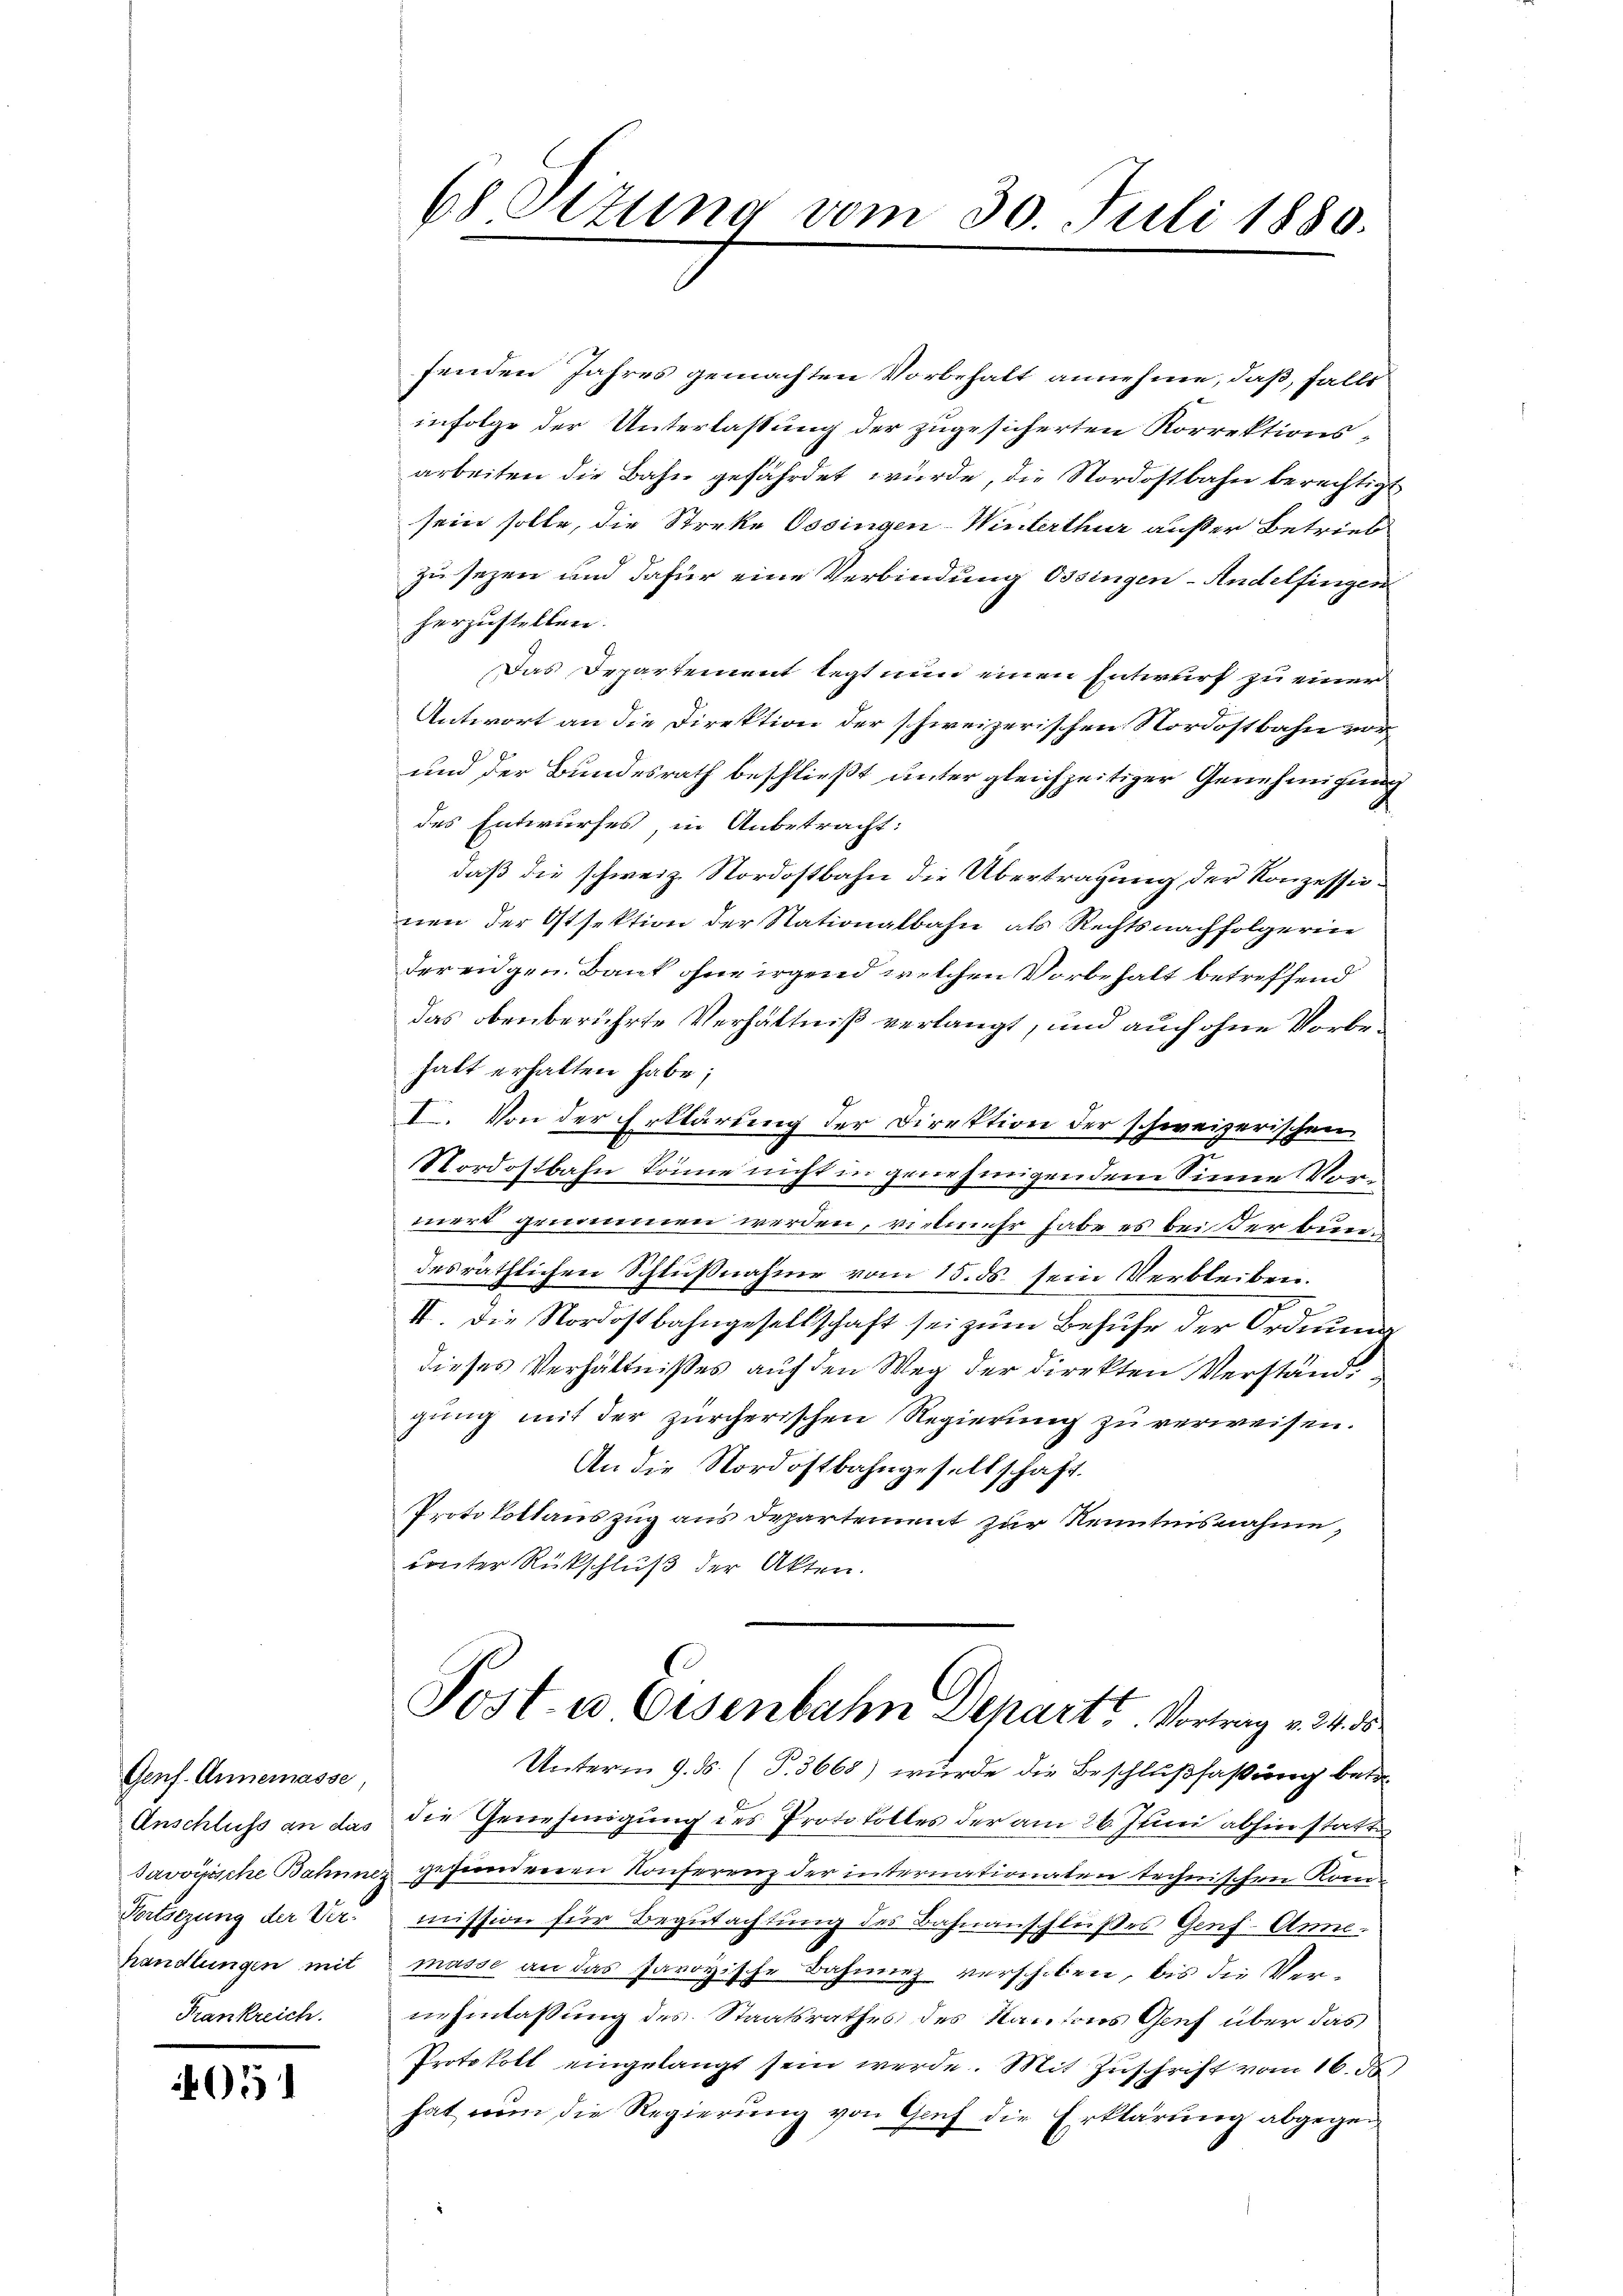
Genf. Annemasse,
handlungen mit
Krankreich.

51

68 Stzung vom 30. Juli 1880.

fenden Jahres gemachten Vorbehalt annehme, daß, falls
infolge der Unterlassung der zugesicherten Korrektionsarbeiten die Bahn gefährdet wurde, die Nordostbahn berechtigt
sein solle, die Streke Ossingen-Winterthur außer Betrieb
zu sezen und dafür eine Verbindung Ossingen - Andelfingen
herzustellen.
Das Departement legt nun einen Entwurf zu einer
Antwort an die Direktion der schweizerischen Nordostbahn vor¬
und der Bundesrath beschließt unter gleichzeitiger Genehmigung
des Entwurfes, in Anbetracht:
daß die schweiz. Nordostbahn die Übertragung der Konzessionen der Ostsektion der Nationalbahn, als Rechtsnachfolgerie
der eidgen. Bank ohne irgend welchen Vorbehalt betreffend
das obenberührte Verhältniß verlangt, und auch ohne Vorbehatt erhalten habe;
I. Von der Erklärung der Direktion der schweizerischen
Nordostbahn könne nicht in genehmigendem Sinne Vormert genomen werden, vielmehr habe es bei der bundesräthlichen Schlußnahme vom 15. ds. sein Verbleiben.
II. Die Nordostbahngesellschaft sei zum Behufe der Ordnung
dieses Verhältnißes auf den Weg der Direkten Verständgung mit der zürcherischen Regierung zu verweisen.
An die Nordostbahngesellschaft.
Protokollauszug aus Departement zur Kenntnisnahme,
unter Rückschluß der Akten.
Post- u Eisenbahn Departs. Vortrag v. 24. 5
Unterm 9. ds. (T. 3668) wurde die Beschlußfassung betr.
Anschluss an das die Genehmigung des Protokolles der am 26. Juni abhin statte
Savoyische Bahnnes gesundenen Konferenz der internationaten technischen Kom¬
Nortsezung der Ver. mission für Begutachtung des Bahnanschlußes Genf. Anne
masse an das savoyische Bahninz verschoben, bis die Ver-
inhinlassung des Staatsrathes des Kantons Gruf über das
Protokoll eingelangt sein werde. Mit Zŭschrift vom 16. d
hat von die Regierung von Graf die Erklärung abgegen